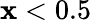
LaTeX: \mathbf{x}<0.5